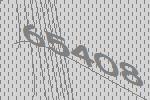
65408